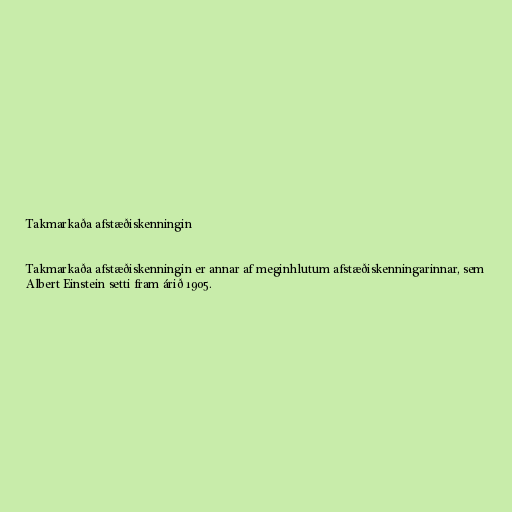
Takmarkaða afstæðiskenningin

Takmarkaða afstæðiskenningin er annar af meginhlutum afstæðiskenningarinnar, sem
Albert Einstein setti fram árið 1905.